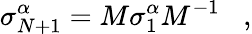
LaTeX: \sigma_{N+1}^{\alpha}=M\sigma_{1}^{\alpha}M^{-1}\; \; \; ,